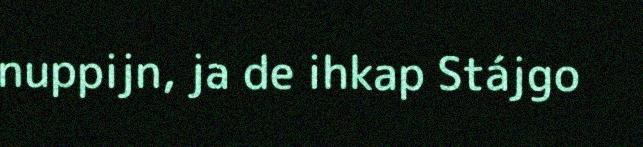
nuppijn, ja de ihkap Stájgo